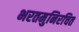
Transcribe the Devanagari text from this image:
भरतमुनिरचित